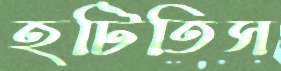
হটিতিস